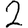
Digit: 2